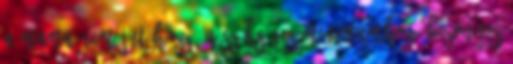
a mama nem jut hozzá a szükséges minimumhoz. Bizonyos